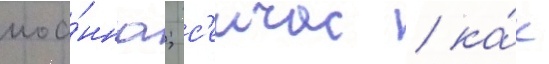
иоа́нна; с'еичас / ка́к